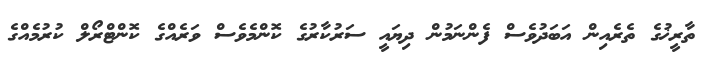
ތާރީޚުގެ ތެރެއިން އަބަދުވެސް ފެންނަމުން ދިޔައީ ސަރުކާރުގެ ކޮންމެވެސް ވަރެއްގެ ކޮންޓްރޯލް ކުރުމެއްގެ